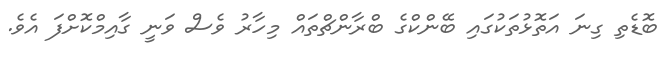
ބޮޑެތި ގިނަ އަތޮޅުތަކުގައި ބޭންކްގެ ބްރާންޗްތައް މިހާރު ވެސް ވަނީ ގާއިމްކޮށްފަ އެވެ.